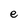
Character: e